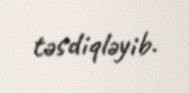
təsdiqləyib.